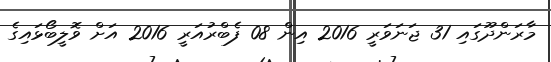
މާރަންދޫގައި 31 ޖަނަވަރީ 2016 އިން 08 ފެބްރުއަރީ 2016 އަށް ވޮލީބޯޅައިގެ